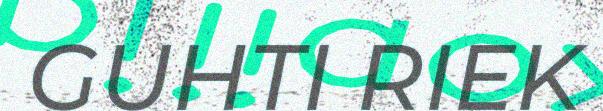
GUHTI RIEK